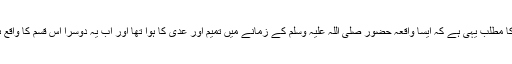
۱؎ (سنن ابوداود:3065،قال الشیخ الألبانی:ضعیف) ابوموسیٰ رضی اللہ عنہ کے فرمان کا مطلب یہی ہے کہ ایسا واقعہ حضور صلی اللہ علیہ وسلم کے زمانے میں تمیم اور عدی کا ہوا تھا اور اب یہ دوسرا اس قسم کا واقع ہے ، تمیم بن داری رضی اللہ عنہ کا اسلام سنہ ٩ ہجری کا ہے اور یہ آخری زمانہ ہے ۔